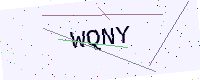
Text: WQNY